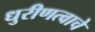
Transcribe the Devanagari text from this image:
धुरीणत्वाचे